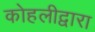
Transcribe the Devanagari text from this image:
कोहलीद्वारा